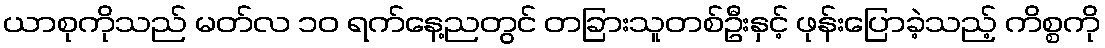
ယာစုကိုသည် မတ်လ ၁၀ ရက်နေ့ညတွင် တခြားသူတစ်ဦးနှင့် ဖုန်းပြောခဲ့သည့် ကိစ္စကို